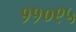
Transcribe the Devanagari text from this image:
११०९५